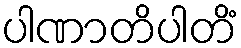
ပါဏာတိပါတိံ